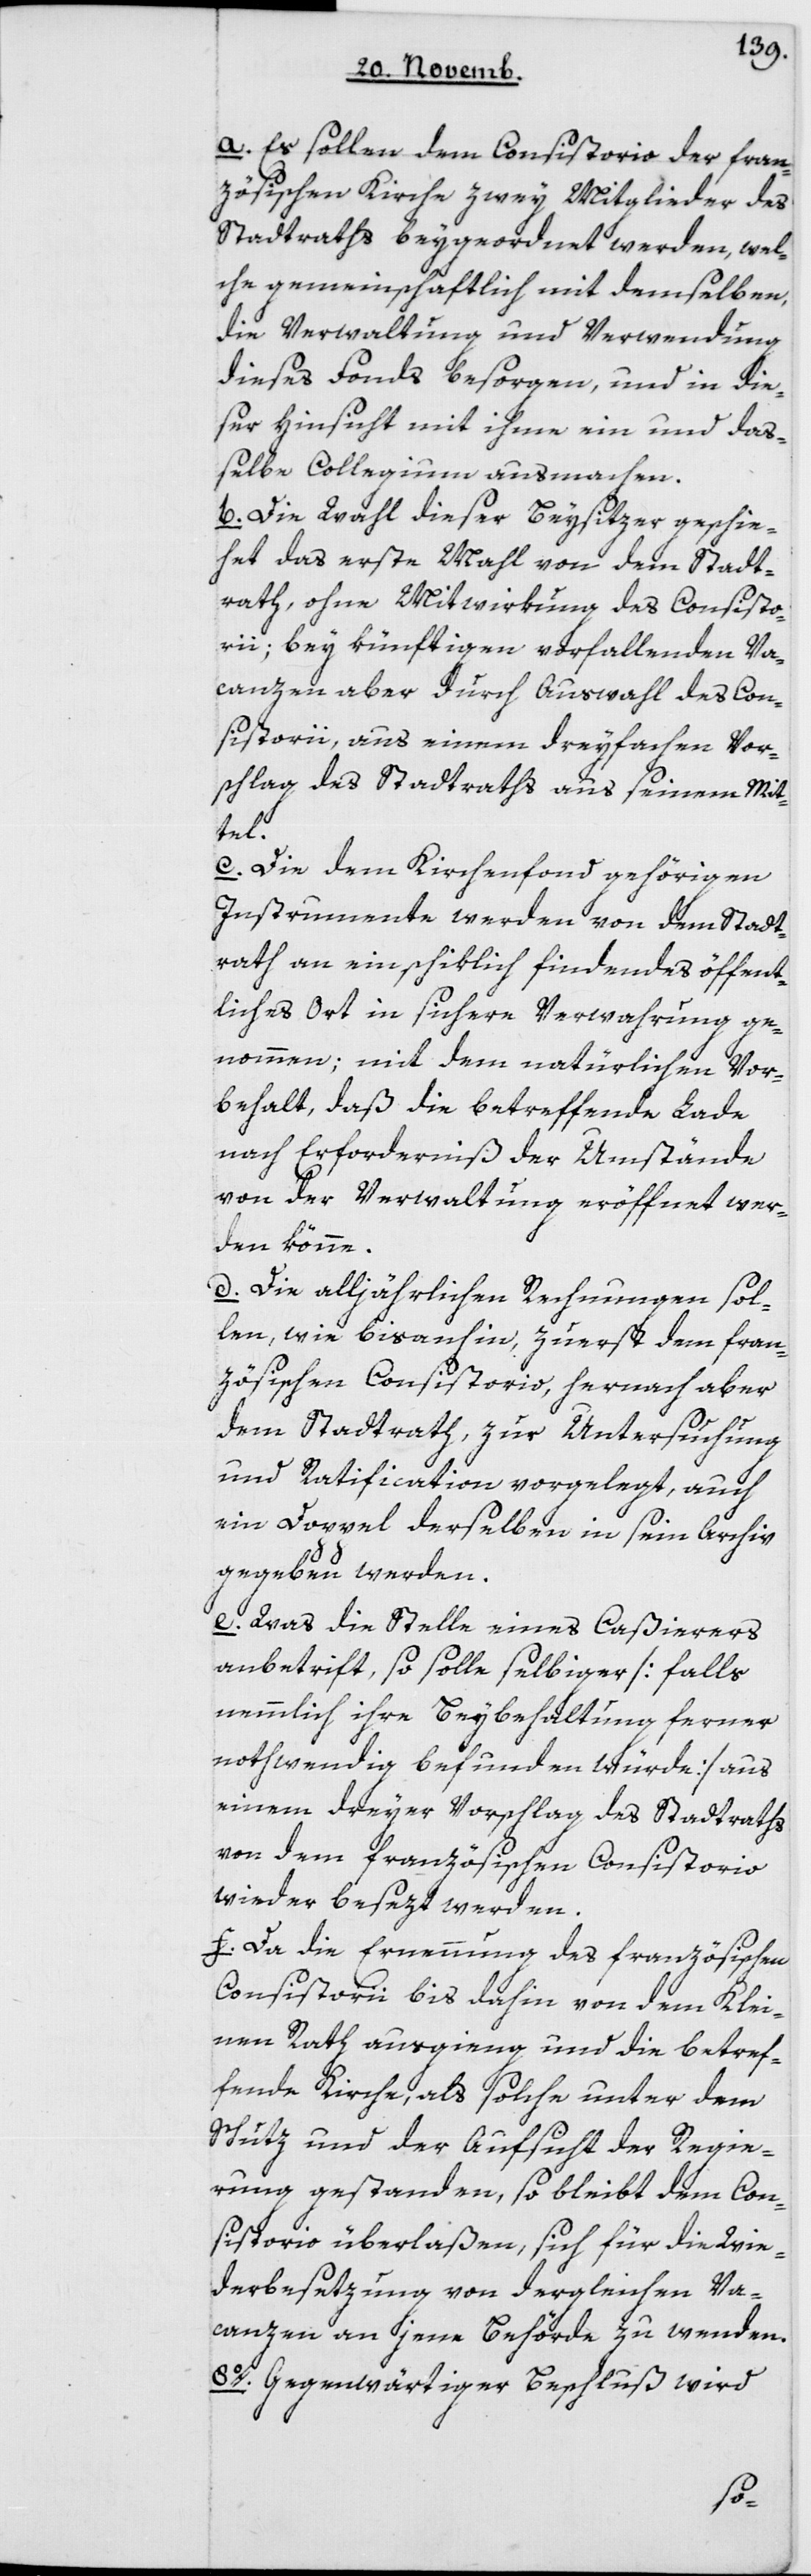
a Es sollen dem Consitorio der fran¬
zösischen Kirche zwey Mitglieder des
Stadtraths beygeordnet werden, wel¬
che gemeinschaftlich mit demselben,
die Verwaltung und Verwendung
dieses Fonds besorgen, und in die¬
ser Hinsicht mit ihme ein und daß¬
elbe Collegium ausmachen.
b Die Wahl dieser Beysitzer geschie¬
het das erste Mal von dem Stadt¬
rath, ohne Mitwirkung des Consisto¬
rii, bey künftigen vorfallenden Va¬
canzen aber durch Auswahl des Con¬
sistorii, aus einem dreyfachen Vor¬
schlag des Stadtraths aus seinem Mit¬
tel.
c Die dem Kirchenfond gehörigen
Instrumente werden von dem Stadt¬
rath an ein schiklich findendes öffent¬
liches Ort in sichere Verwahrung ge¬
nommen, mit dem natürlichen Vor¬
behalt, daß die betreffende Lade
nach Erfordernis der Umstände
von der Verwaltung eröffnet wer¬
den könne.
d Die alljährlichen Rechnungen sol¬
len, wie bis anhin, zuerst dem fran¬
zösischen Consistorio, hernach aber
dem Stadtrath zur Untersuchung
und Ratification vorgelegt, auch
ein Doppel derselben in sein Archiv
gegeben werden.
e Was die Stelle eines Caßierers
anbetrifft, so solle selbiger [falls
nämlich ihre Beybehaltung ferner
nothwendig befunden würde] aus
einem dreyer Vorschlag des Stadtraths
von dem französischen Consistorio
wieder besezt werden.
f Da die Ernennung des französischen
Consistorii bis dahin von dem Klei¬
nen Rath ausging, und die betref¬
fende Kirche als solche unter dem
Schutz und der Aufsicht der Regie¬
rung gestanden, so bleibt dem Con¬
sistorio überlaßen, sich für die Wie¬
derbesetzung von dergleichen Va¬
canzen an jene Behörde zu wenden.
8. Gegenwärtiger Beschluß wird